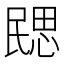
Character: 㥸